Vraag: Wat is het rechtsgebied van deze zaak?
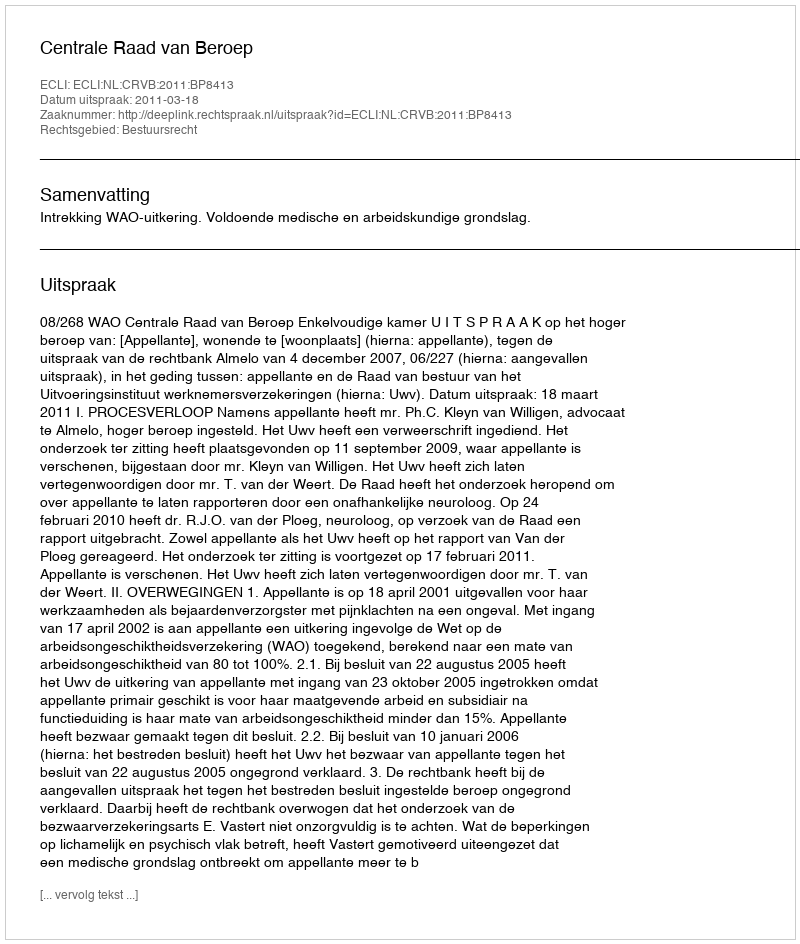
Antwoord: Bestuursrecht